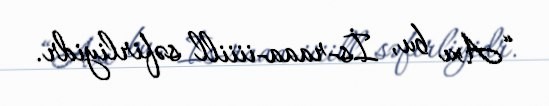
“Axı bu, İs-raaa-iiiill səfirliyidr.